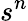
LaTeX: s^{n}